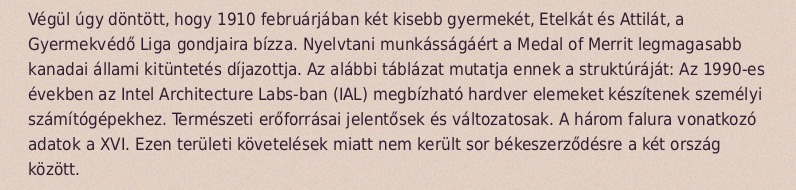
Végül úgy döntött, hogy 1910 februárjában két kisebb gyermekét, Etelkát és Attilát, a Gyermekvédő Liga gondjaira bízza. Nyelvtani munkásságáért a Medal of Merrit legmagasabb kanadai állami kitüntetés díjazottja. Az alábbi táblázat mutatja ennek a struktúráját: Az 1990-es években az Intel Architecture Labs-ban (IAL) megbízható hardver elemeket készítenek személyi számítógépekhez. Természeti erőforrásai jelentősek és változatosak. A három falura vonatkozó adatok a XVI. Ezen területi követelések miatt nem került sor békeszerződésre a két ország között.